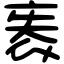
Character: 袠